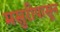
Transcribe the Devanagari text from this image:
मसुरीपासून